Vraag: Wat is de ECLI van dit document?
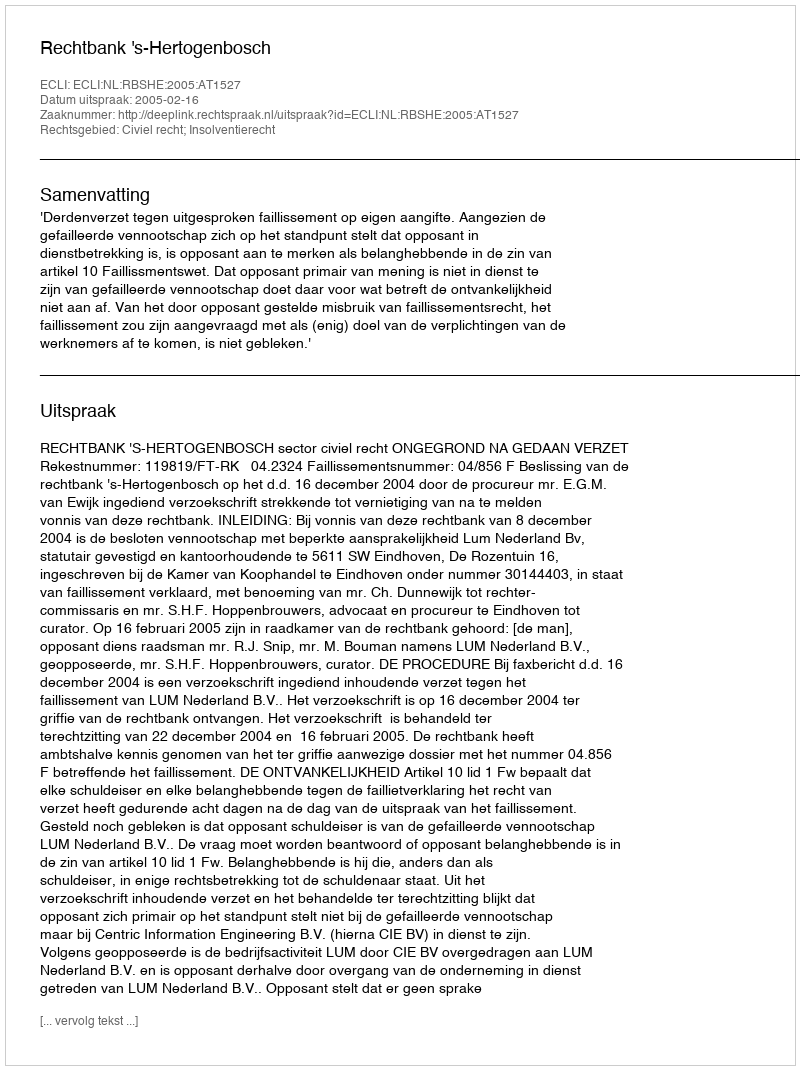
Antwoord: ECLI:NL:RBSHE:2005:AT1527